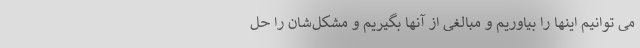
می توانیم اینها را بیاوریم و مبالغی از آنها بگیریم و مشکل‌شان را حل